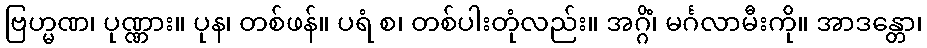
ဗြဟ္မဏ၊ ပုဏ္ဏား။ ပုန၊ တစ်ဖန်။ ပရံ စ၊ တစ်ပါးတုံလည်း။ အဂ္ဂိံ၊ မင်္ဂလာမီးကို။ အာဒန္တော၊